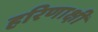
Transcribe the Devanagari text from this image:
हरिणाक्षी